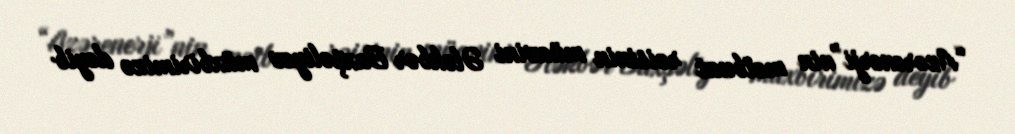
“Azərenerji”nin mətbuat rəisinin müavini Ələkbər Baxşəliyev müxbirimizə deyib